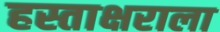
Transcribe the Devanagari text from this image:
हस्ताक्षराला